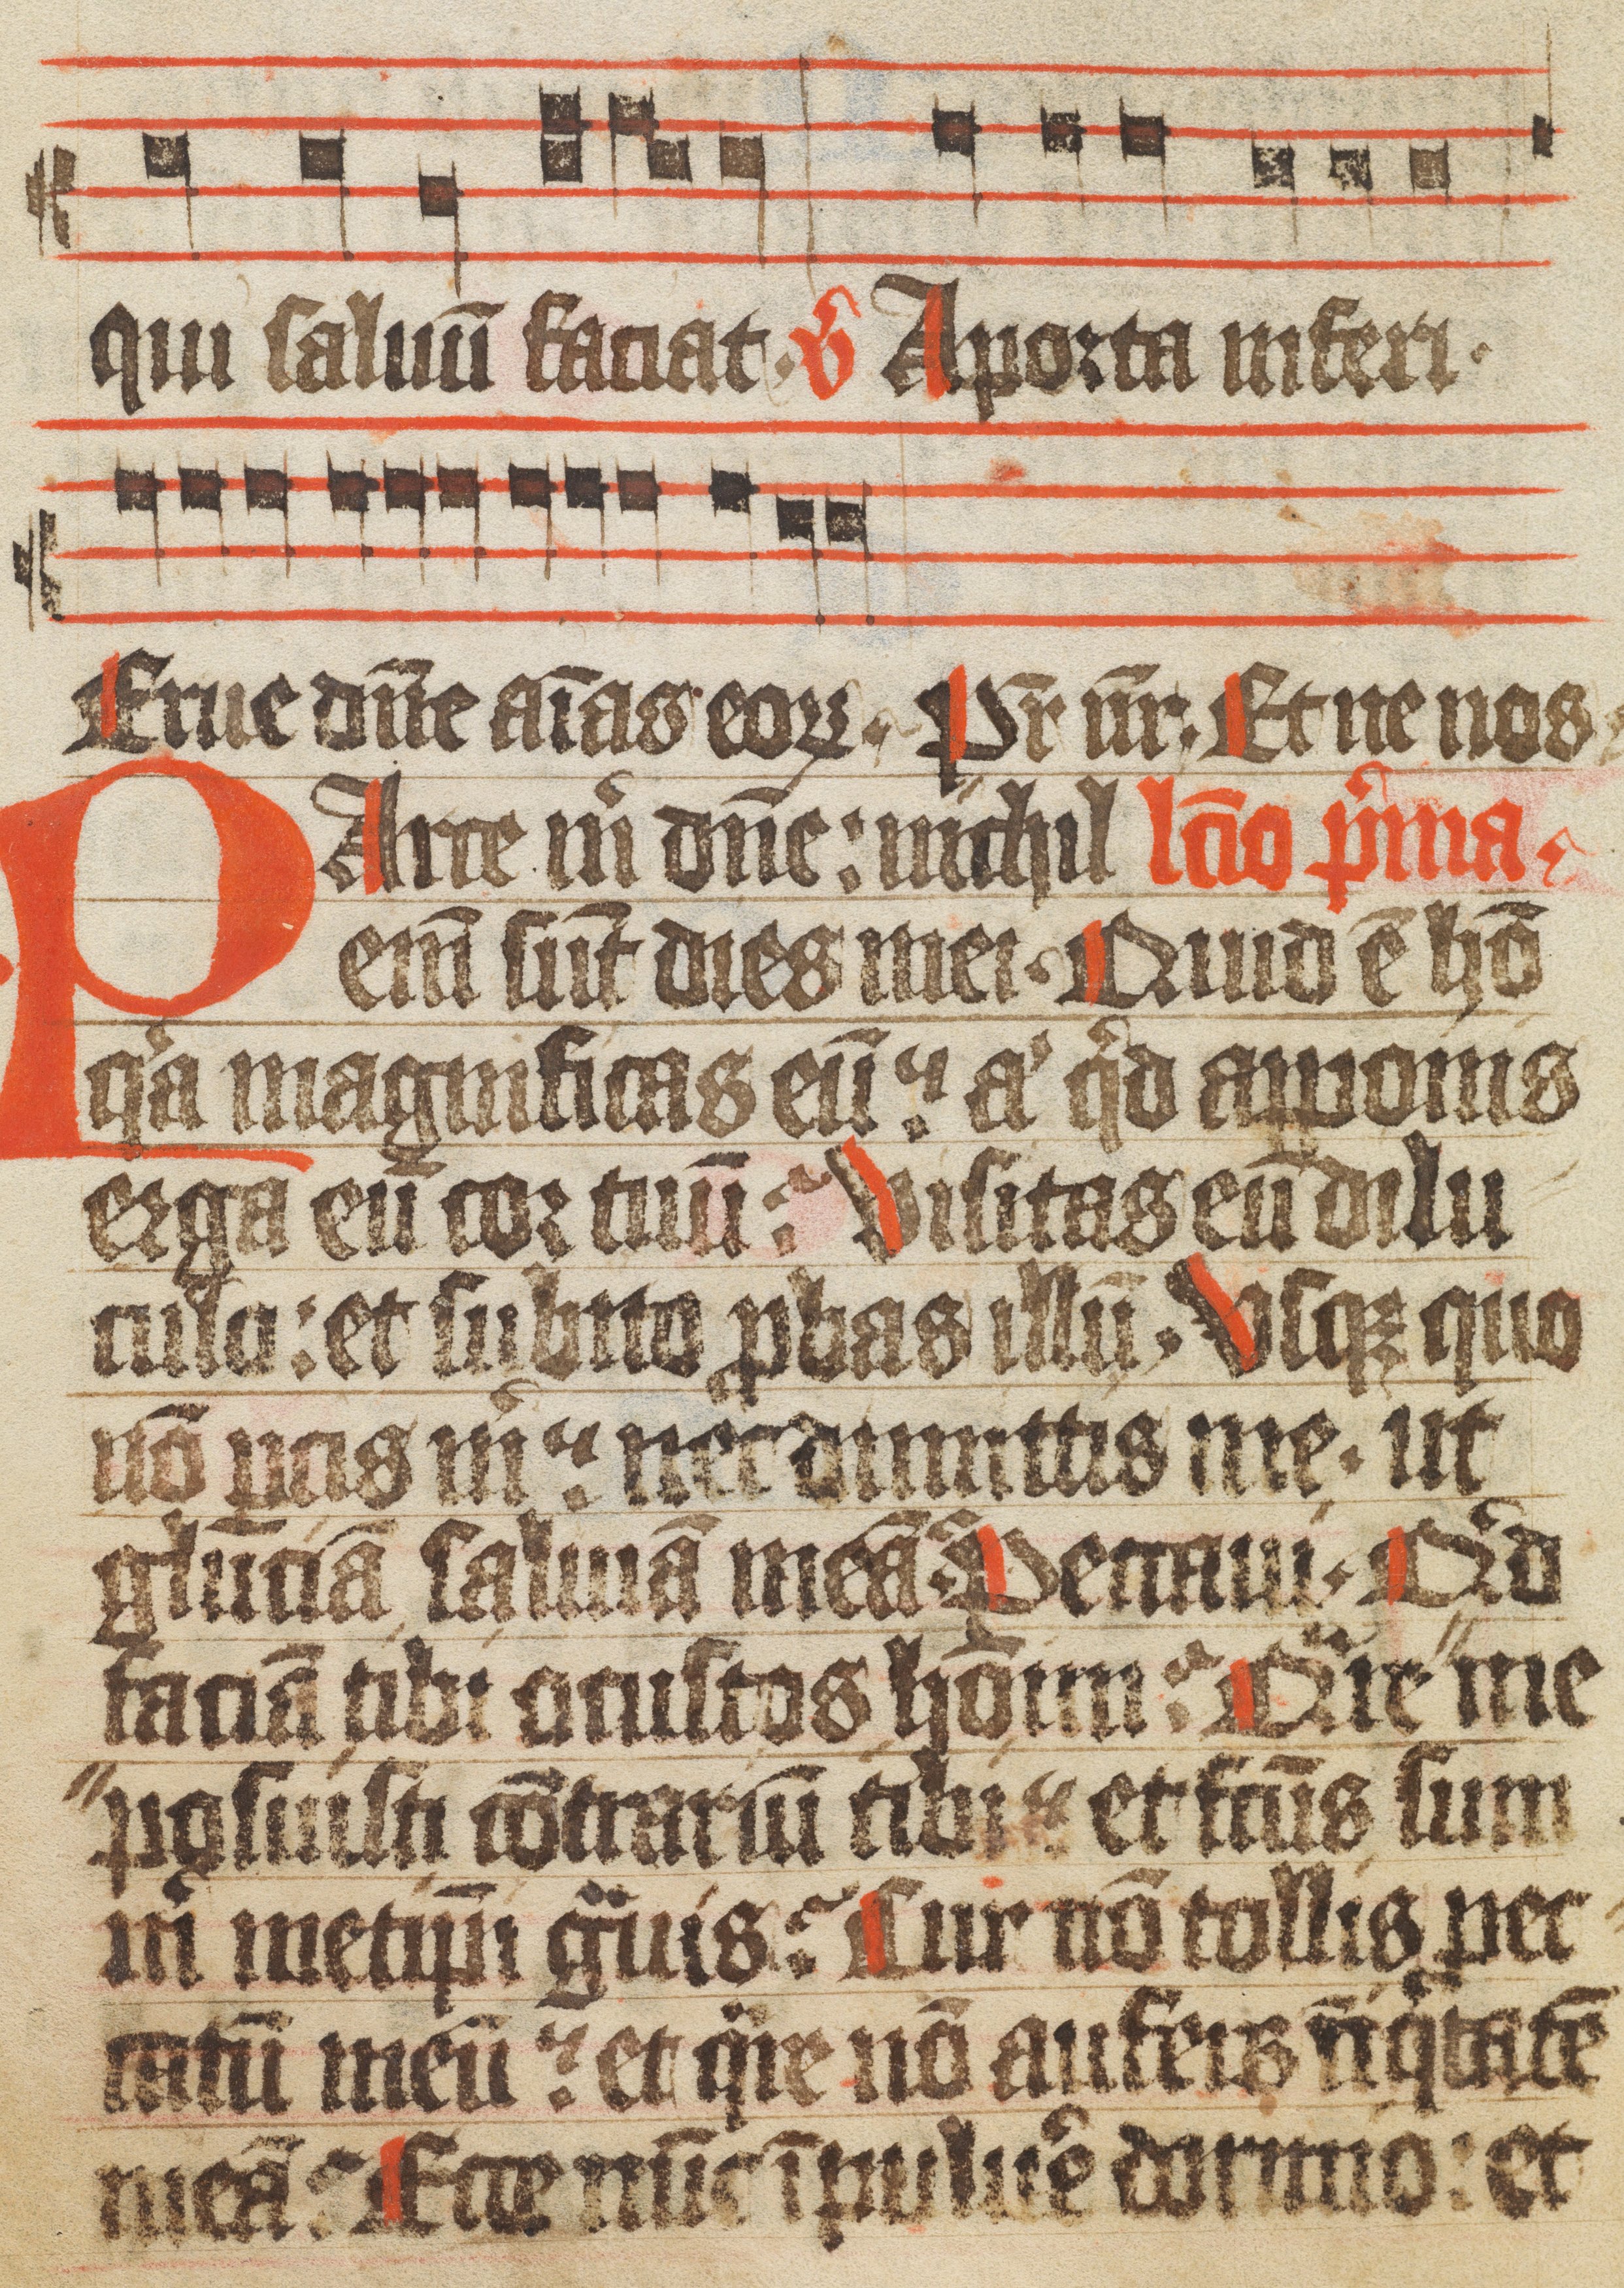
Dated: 1400–1449